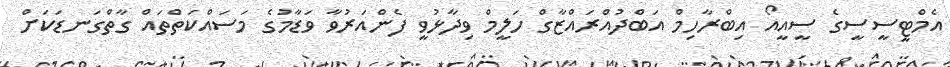
އެމްޓީސީސީގެ ސީއީއޯ އިބްރާހިމް އަބްދުއްރައްޒާގް ހަލީމް ވިދާޅުވީ ފެންއަރުވާ ވަޑާމުގެ މަސައްކަތްތައް ގާތްގަނޑަކަށް